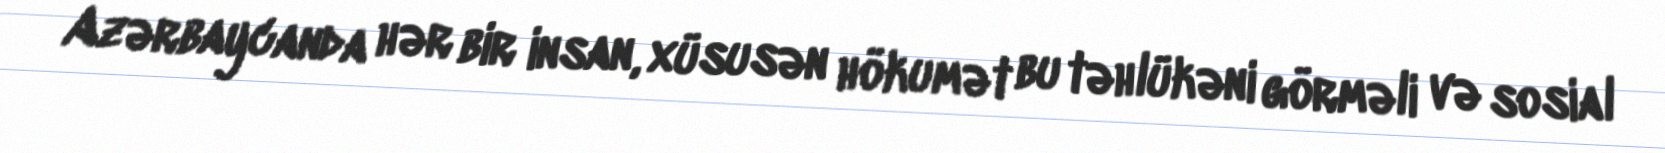
Azərbaycanda hər bir insan, xüsusən hökumət bu təhlükəni görməli və sosial